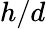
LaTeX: h/d